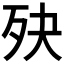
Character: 𣧎